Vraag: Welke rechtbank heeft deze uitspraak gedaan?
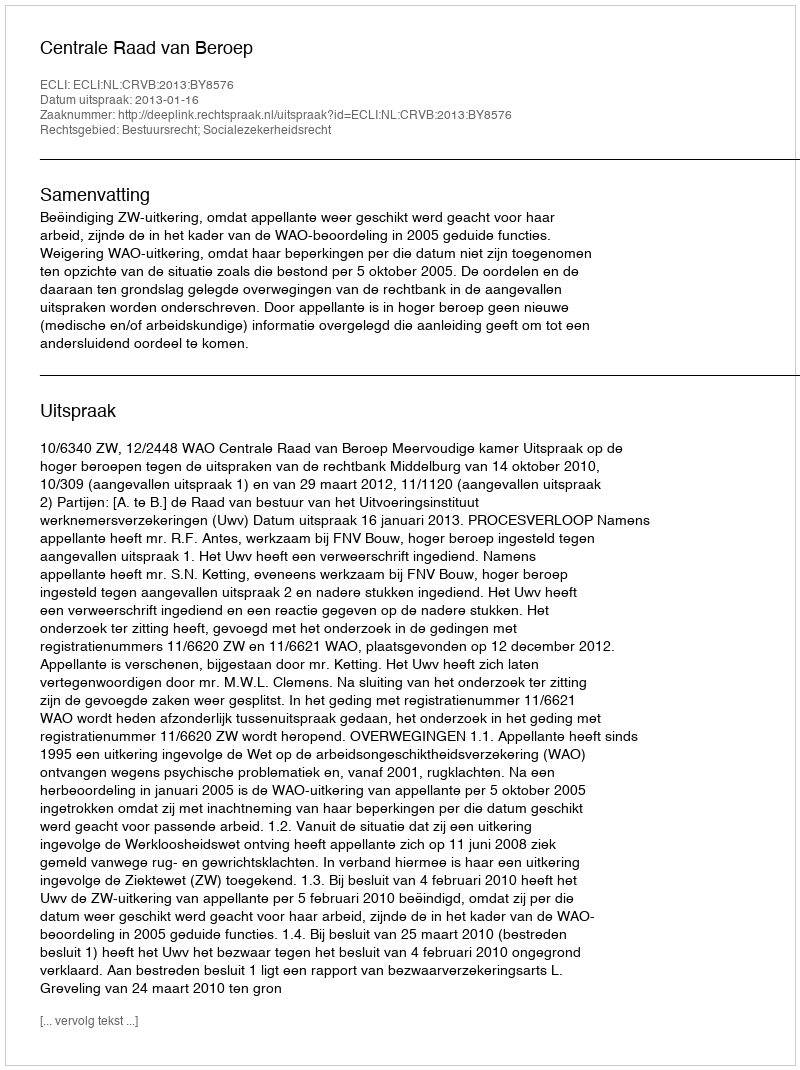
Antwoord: Centrale Raad van Beroep